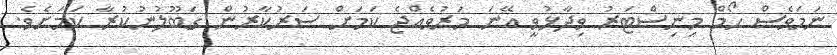
ނަމަވެސް ހޯމް މިނިސްޓަރު ވިދާޅުވީ އޭނަ މަރުވެއްޖެ ކަމަށް ސަރުކާރުން ގަބޫލުނުކުރާ ކަމަށެވެ.